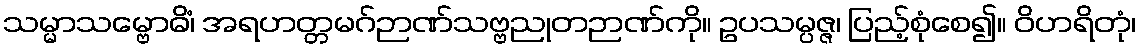
သမ္မာသမ္ဗောဓိံ၊ အရဟတ္တမဂ်ဉာဏ်သဗ္ဗညုတဉာဏ်ကို။ ဥပသမ္ပဇ္ဇ၊ ပြည့်စုံစေ၍။ ဝိဟရိတုံ၊